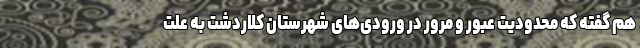
هم گفته که محدودیت عبور و مرور در ورودی‌های شهرستان کلاردشت به علت